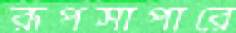
রূপসাপারে